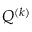
Q ^ { ( k ) }